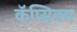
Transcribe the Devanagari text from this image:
कॅप्सिक्म